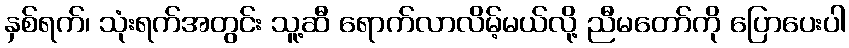
နှစ်ရက်၊ သုံးရက်အတွင်း သူ့ဆီ ရောက်လာလိမ့်မယ်လို့ ညီမတော်ကို ပြောပေးပါ